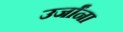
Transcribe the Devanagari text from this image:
उर्जांना